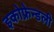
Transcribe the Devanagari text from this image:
इकोफ्रेन्डली